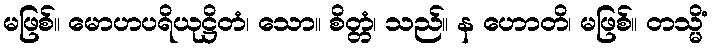
မဖြစ်။ မောဟပရိယုဋ္ဌိတံ၊ သော။ စိတ္တံ၊ သည်။ န ဟောတိ၊ မဖြစ်။ တသ္မိံ